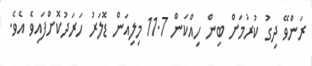
ރަންވޭ ދިގު ކުރުމަށް ބިން ހިއްކަން 11.7 މިލިއަން ޑޮލަރު ހަރަދުކޮށްފައިވެ އެވެ.